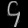
Digit: ၄